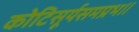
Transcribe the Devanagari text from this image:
कोटिसूर्यसमप्रभ॥